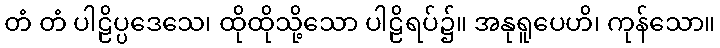
တံ တံ ပါဠိပ္ပဒေသေ၊ ထိုထိုသို့သော ပါဠိရပ်၌။ အနုရူပေဟိ၊ ကုန်သော။